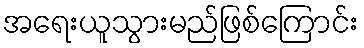
အရေးယူသွားမည်ဖြစ်ကြောင်း